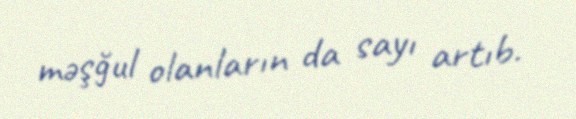
məşğul olanların da sayı artıb.